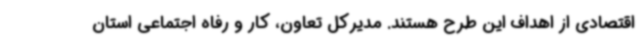
اقتصادی از اهداف این طرح هستند. مدیرکل تعاون، کار و رفاه اجتماعی استان